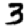
Digit: 3